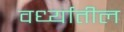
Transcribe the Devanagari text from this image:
वर्ध्यातील